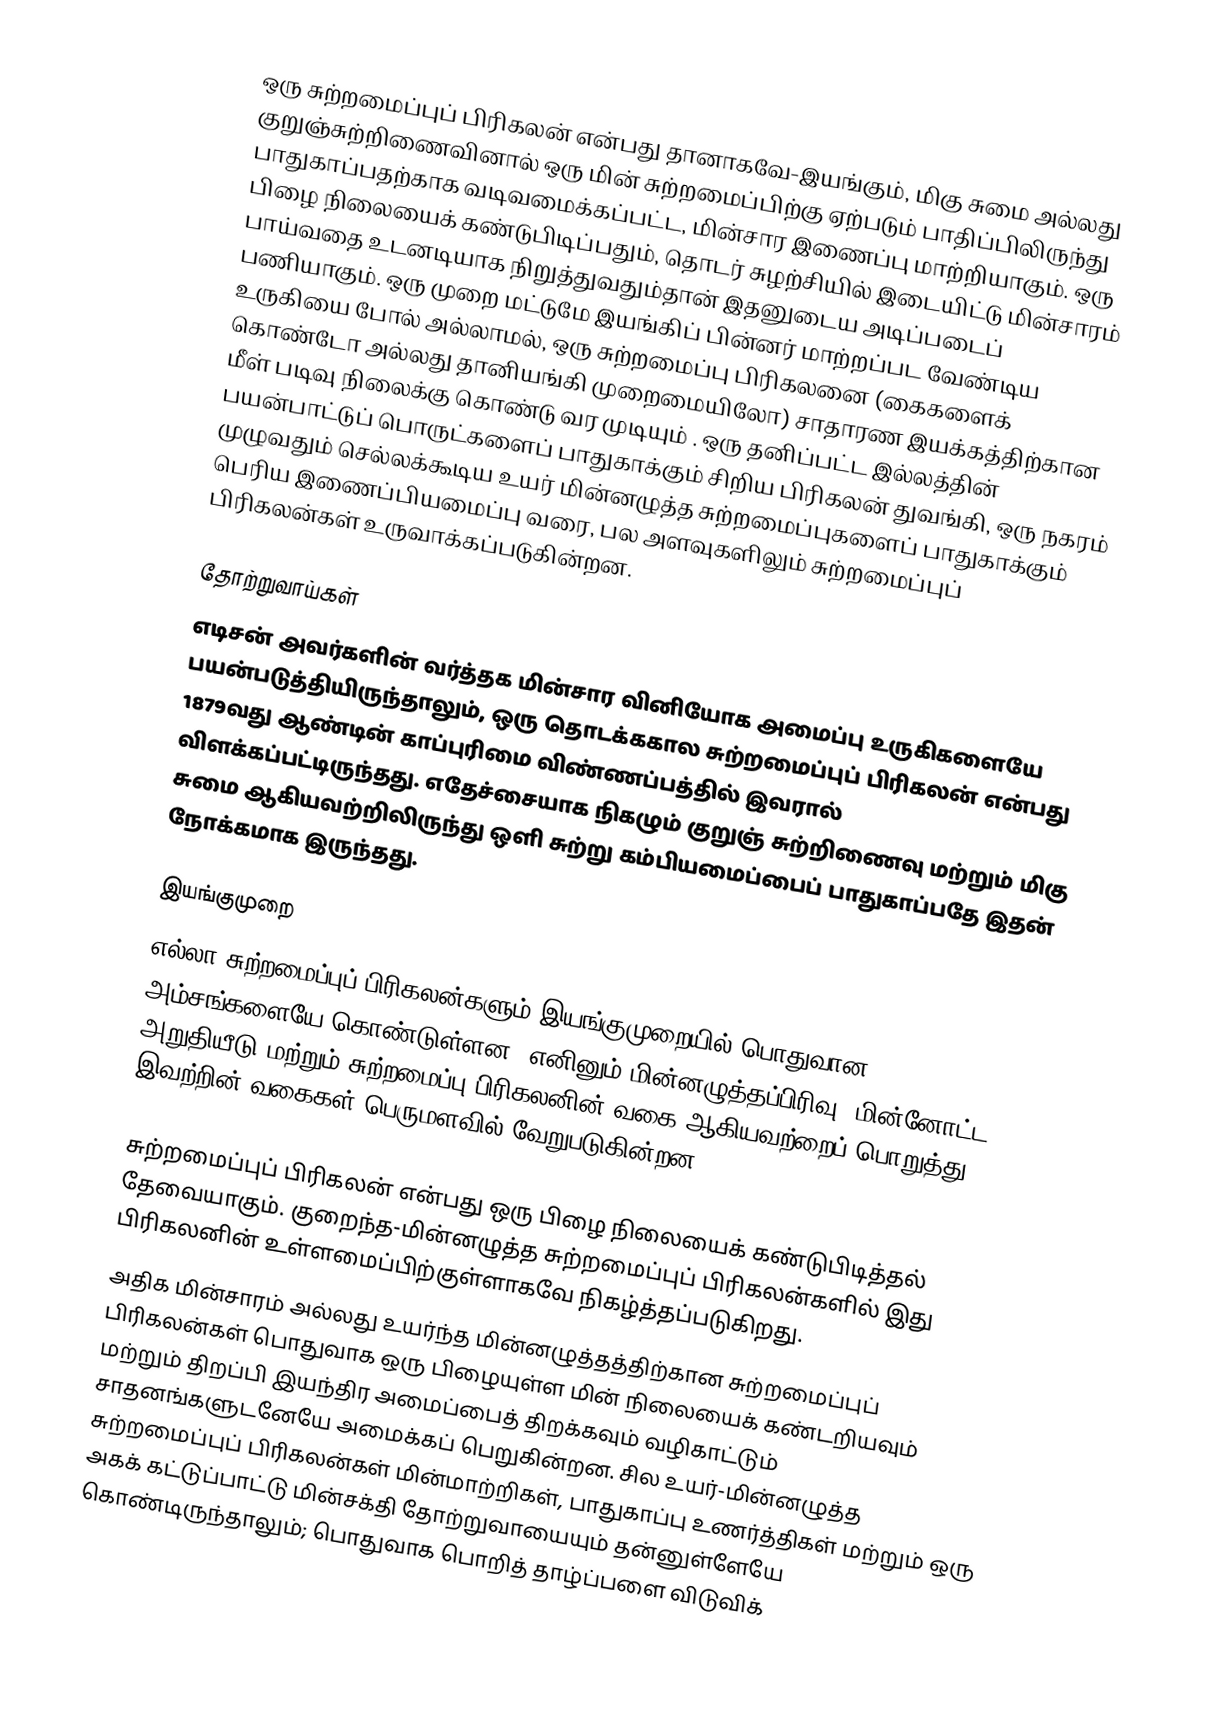
ஒரு சுற்றமைப்புப் பிரிகலன் என்பது தானாகவே-இயங்கும், மிகு சுமை அல்லது குறுஞ்சுற்றிணைவினால் ஒரு மின் சுற்றமைப்பிற்கு ஏற்படும் பாதிப்பிலிருந்து பாதுகாப்பதற்காக வடிவமைக்கப்பட்ட, மின்சார இணைப்பு மாற்றியாகும்.  ஒரு பிழை நிலையைக் கண்டுபிடிப்பதும், தொடர் சுழற்சியில் இடையிட்டு மின்சாரம் பாய்வதை உடனடியாக நிறுத்துவதும்தான் இதனுடைய அடிப்படைப் பணியாகும். ஒரு முறை மட்டுமே இயங்கிப் பின்னர் மாற்றப்பட வேண்டிய உருகியை போல் அல்லாமல், ஒரு சுற்றமைப்பு பிரிகலனை (கைகளைக் கொண்டோ அல்லது தானியங்கி முறைமையிலோ) சாதாரண இயக்கத்திற்கான மீள் படிவு நிலைக்கு கொண்டு வர முடியும் .   ஒரு தனிப்பட்ட இல்லத்தின் பயன்பாட்டுப் பொருட்களைப் பாதுகாக்கும் சிறிய பிரிகலன் துவங்கி, ஒரு நகரம் முழுவதும் செல்லக்கூடிய உயர் மின்னழுத்த சுற்றமைப்புகளைப் பாதுகாக்கும் பெரிய இணைப்பியமைப்பு வரை, பல அளவுகளிலும் சுற்றமைப்புப் பிரிகலன்கள் உருவாக்கப்படுகின்றன.

தோற்றுவாய்கள்
எடிசன் அவர்களின் வர்த்தக மின்சார வினியோக அமைப்பு உருகிகளையே பயன்படுத்தியிருந்தாலும், ஒரு தொடக்ககால சுற்றமைப்புப் பிரிகலன் என்பது 1879வது ஆண்டின் காப்புரிமை விண்ணப்பத்தில் இவரால் விளக்கப்பட்டிருந்தது. எதேச்சையாக நிகழும் குறுஞ் சுற்றிணைவு மற்றும் மிகு சுமை ஆகியவற்றிலிருந்து ஒளி சுற்று கம்பியமைப்பைப் பாதுகாப்பதே இதன் நோக்கமாக இருந்தது.

இயங்குமுறை
எல்லா சுற்றமைப்புப் பிரிகலன்களும் இயங்குமுறையில் பொதுவான அம்சங்களையே கொண்டுள்ளன; எனினும் மின்னழுத்தப்பிரிவு, மின்னோட்ட அறுதியீடு மற்றும் சுற்றமைப்பு பிரிகலனின் வகை ஆகியவற்றைப் பொறுத்து இவற்றின் வகைகள் பெருமளவில் வேறுபடுகின்றன.

சுற்றமைப்புப் பிரிகலன் என்பது ஒரு பிழை நிலையைக் கண்டுபிடித்தல் தேவையாகும். குறைந்த-மின்னழுத்த சுற்றமைப்புப் பிரிகலன்களில் இது பிரிகலனின் உள்ளமைப்பிற்குள்ளாகவே நிகழ்த்தப்படுகிறது.
அதிக மின்சாரம் அல்லது உயர்ந்த மின்னழுத்தத்திற்கான சுற்றமைப்புப் பிரிகலன்கள் பொதுவாக ஒரு பிழையுள்ள மின் நிலையைக் கண்டறியவும் மற்றும் திறப்பி இயந்திர அமைப்பைத் திறக்கவும் வழிகாட்டும் சாதனங்களுடனேயே அமைக்கப் பெறுகின்றன. சில உயர்-மின்னழுத்த சுற்றமைப்புப் பிரிகலன்கள் மின்மாற்றிகள், பாதுகாப்பு உணர்த்திகள் மற்றும் ஒரு அகக் கட்டுப்பாட்டு மின்சக்தி தோற்றுவாயையும் தன்னுள்ளேயே கொண்டிருந்தாலும்; பொதுவாக பொறித் தாழ்ப்பளை விடுவிக்